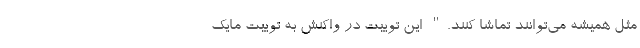
مثل همیشه می‌توانند تماشا کنند." این توییت در واکنش به توییت مایک